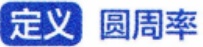
定义 圆周率